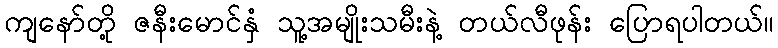
ကျနော်တို့ ဇနီးမောင်နှံ သူ့အမျိုးသမီးနဲ့ တယ်လီဖုန်း ပြောရပါတယ်။